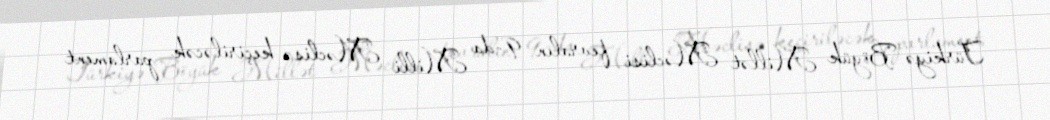
Türkiyə Böyük Millət Məclisi fevralın 9-da Milli Məclisə keçiriləcək parlament